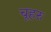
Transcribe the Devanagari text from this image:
चूहरु